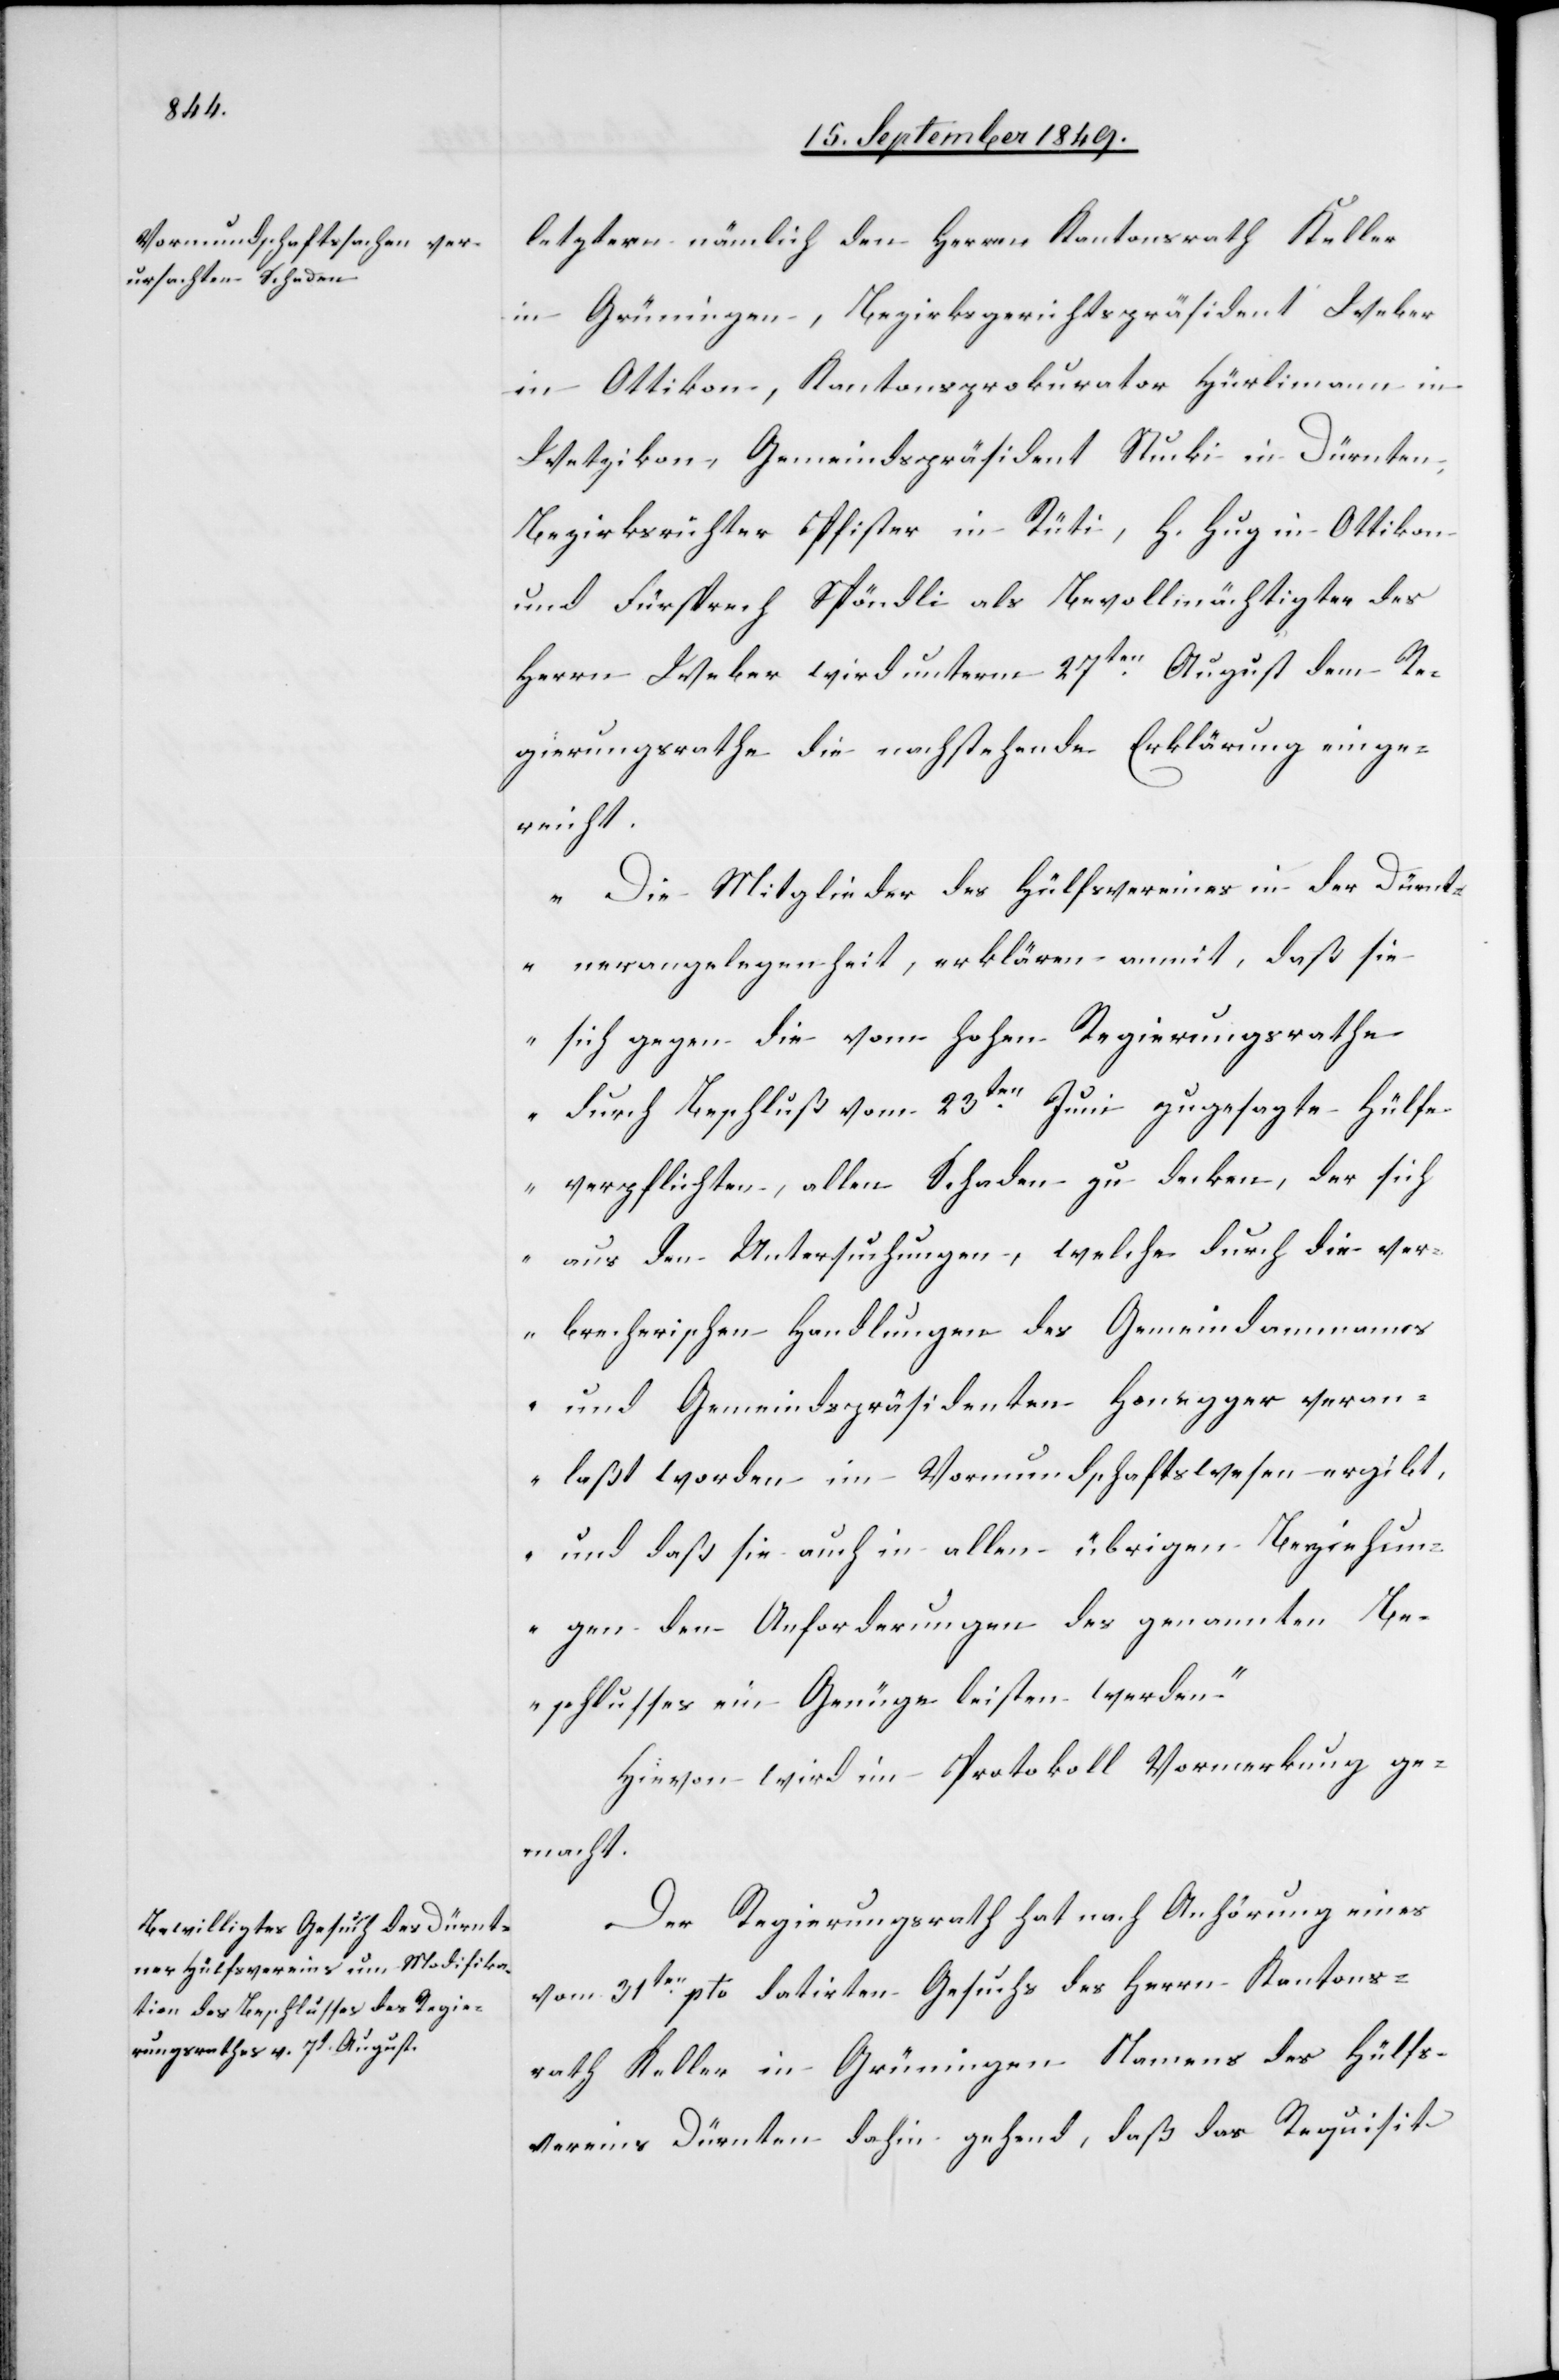
letztern nämlich den Herrn Kantonsrath Keller
in Grüningen, Bezirksgerichtspräsident Weber
in Ottikon, Kantonsprokurator Hürlimann in
Wetzikon, Gemeindspräsident Stucki in Dürnten,
Bezirksrichter Pfister in Rüti, H. Hug in Ottikon
und Fürsprech Spöndli als Bevollmächtigter des
Herrn Weber wird unterm 27ten August dem Re¬
gierungsrathe die nachstehende Erklärung einge¬
reicht.
„Die Mitglieder des Hülfsvereines in der Dürnt¬
nerangelegenheit, erklären anmit, daß sie
sich gegen die vom hohen Regierungsrathe
durch Beschluß vom 23ten Juni zugesagte Hülfe
verpflichten, allen Schaden zu decken, der sich
aus den Untersuchungen, welche durch die ver¬
brecherischen Handlungen des Gemeindammanns
und Gemeindspräsidenten Honegger veran¬
laßt worden im Vormundschaftswesen ergibt,
und daß sie auch in allen übrigen Beziehun¬
gen den Anforderungen des genannten Be¬
schlusses ein Genüge leisten werden“.
Hievon wird im Protokoll Vormerkung ge¬
macht.
Der Regierungsrath hat nach Anhörung eines
vom 31ten pto datirten Gesuchs des Herrn Kantons¬
rath Keller in Grüningen Namens des Hülfs¬
vereins Dürnten dahin gehend, daß der Requisit